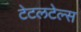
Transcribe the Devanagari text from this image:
टेटलटेल्स